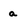
Character: a